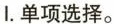
I.单项选择。